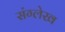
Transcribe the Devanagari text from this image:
संग्लेख